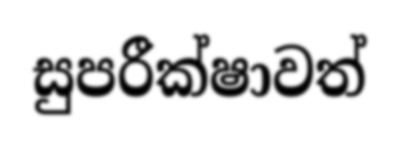
සුපරීක්ෂාවත්